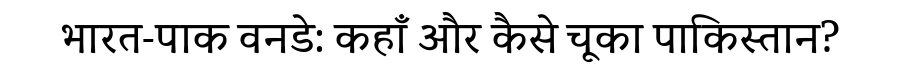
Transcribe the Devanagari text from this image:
भारत-पाक वनडे: कहाँ और कैसे चूका पाकिस्तान?